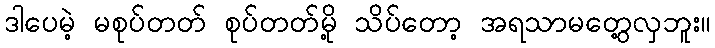
ဒါပေမဲ့ မစုပ်တတ် စုပ်တတ်မို့ သိပ်တော့ အရသာမတွေ့လှဘူး။